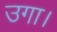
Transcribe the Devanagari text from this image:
उगा।